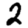
Digit: 2